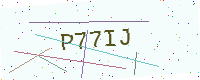
Text: P77IJ